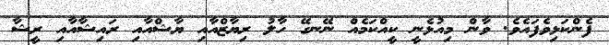
ފެންކަޅިވެފައެވެ. ވާން މިއުޅެނީ ކީއްކަމެއް ނޭނގޭ ހާލު ރިޔާޒްއާއި ޔާޝްއާއި ރައިޝާއާއި ރީޝާ